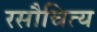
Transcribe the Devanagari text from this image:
रसौचित्य